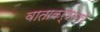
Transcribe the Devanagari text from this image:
वाताकर्षमध्ये